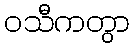
ဝသီကတွာ